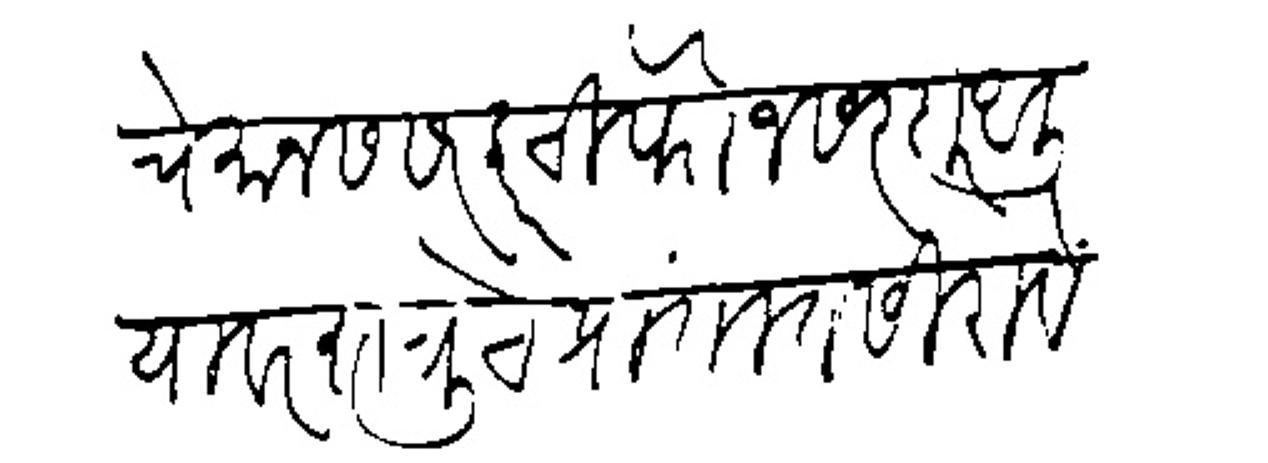
Transliteration (Devanagari): यावे मानस सरकारची फौज सरदार आलियावर शतरूचे प्रांतात सिरायेसे